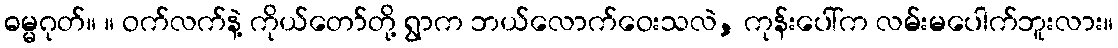
ဓမ္မဂုတ်။ ။ ဝက်လက်နဲ့ ကိုယ်တော်တို့ ရွာက ဘယ်လောက်ဝေးသလဲ, ကုန်းပေါ်က လမ်းမပေါက်ဘူးလား။